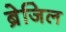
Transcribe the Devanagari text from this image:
ब्रेजिल